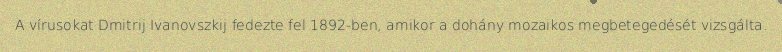
A vírusokat Dmitrij Ivanovszkij fedezte fel 1892-ben, amikor a dohány mozaikos megbetegedését vizsgálta.